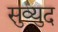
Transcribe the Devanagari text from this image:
सुव्युद